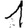
Digit: 1